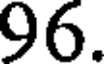
96.